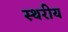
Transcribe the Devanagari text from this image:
स्थरीय